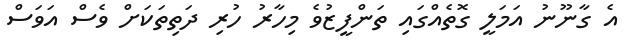
އެ ގާނޫނު އަމަލީ ގޮތެއްގައި ތަންފީޒުވެ މިހާރު ހުރި ދަތިތަކަށް ވެސް އަވަސް